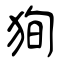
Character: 狥